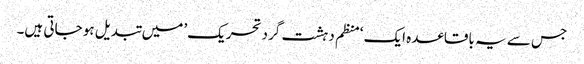
جس سے یہ باقاعدہ ایک ‘منظم دہشت گرد تحریک’ میں تبدیل ہو جاتی ہیں۔